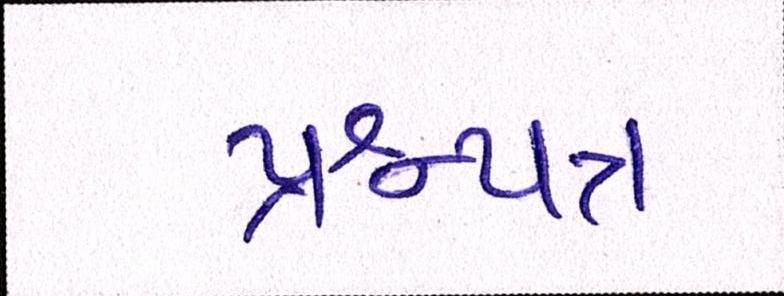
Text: પ્રશ્નપત્ર